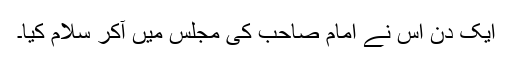
ایک دن اس نے امام صاحب کی مجلس میں آکر سلام کیا۔